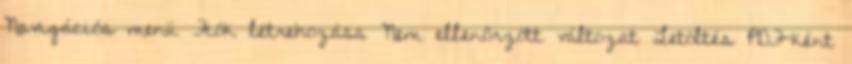
Navigációs menü Fiók létrehozása Nem ellenőrzött változat Letöltés PDF-ként